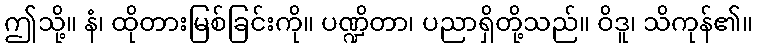
ဤသို့။ နံ၊ ထိုတားမြစ်ခြင်းကို။ ပဏ္ဍိတာ၊ ပညာရှိတို့သည်။ ဝိဒူ၊ သိကုန်၏။